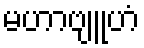
မဟာဗျူဟံ